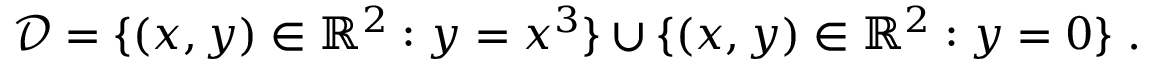
{ \mathcal { D } } = \{ ( x , y ) \in \mathbb { R } ^ { 2 } : y = x ^ { 3 } \} \cup \{ ( x , y ) \in \mathbb { R } ^ { 2 } : y = 0 \} \ .